Rangoon Lunatic Asylum 1878-1892 - 1878-1892
Year: 1878
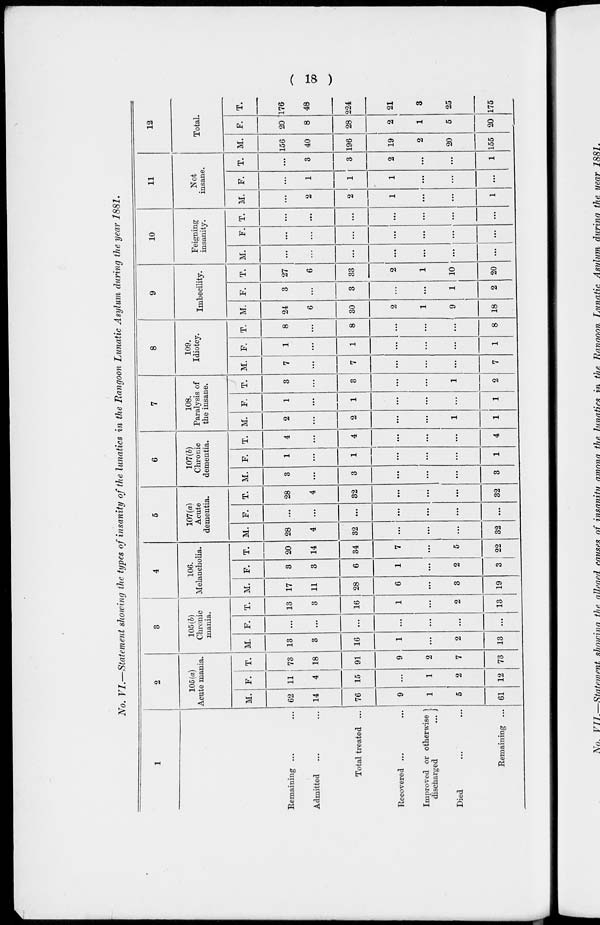
( 18 )
No. VI.—Statement showing the types of insanity of the lunatics in the Rangoon Lunatic Asylum during the year 1881.
1
Remaining ... ...
Admitted ... ...
Total treated ...
Recovered ... ...
Improved or otherwise
discharged
...
Died ... ...
Remaining ...
2
105(a)
Acute mania.
M.
62
14
76
9
1
5
61
F.
11
4
15
...
1
2
12
T.
73
18
91
9
2
7
73
3
105(b)
Chronic
mania.
M.
13
3
16
1
...
2
13
F.
...
...
...
...
...
...
...
T.
13
3
16
1
...
2
13
4
106.
Melancholia.
M.
17
11
28
6
...
3
19
F.
3
3
6
1
...
2
3
T.
20
14
34
7
...
5
22
5
107(a)
Acute
dementia.
M.
28
4
32
...
...
...
32
F.
...
...
...
...
...
...
...
T.
28
4
32
...
...
...
32
6
107(b)
Chronic
dementia.
M.
3
...
3
...
...
...
3
F.
1
...
1
...
...
...
1
T.
4
...
4
...
...
...
4
7
108.
Paralysis of
the insane.
M.
2
...
2
...
...
1
1
F.
1
...
1
...
...
...
1
T.
3
...
3
...
...
1
2
8
109.
Idiotey.
M.
7
...
7
...
...
...
7
F.
1
...
1
...
...
...
1
T.
8
...
8
...
...
...
8
9
Imbecility.
M.
24
6
30
2
1
9
18
F.
3
...
3
...
...
1
2
T.
27
6
33
2
1
10
20
10
Feigning
insanity.
M.
...
...
...
...
...
...
...
F.
...
...
...
...
...
...
...
T.
...
...
...
...
...
...
...
11
Not
insane.
M.
...
2
2
1
...
...
1
F.
...
1
1
1
...
...
...
T.
...
3
3
2
...
...
1
12
Total.
M.
156
40
196
19
2
20
155
F.
20
8
28
2
1
5
20
T.
176
48
224
21
3
25
175